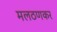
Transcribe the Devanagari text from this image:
मलठणकर